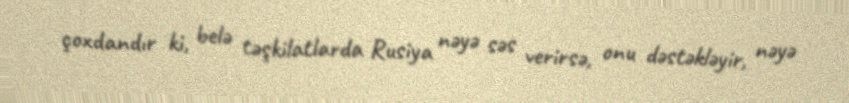
çoxdandır ki, belə təşkilatlarda Rusiya nəyə səs verirsə, onu dəstəkləyir, nəyə